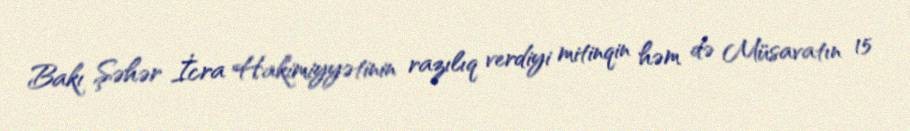
Bakı Şəhər İcra Hakimiyyətinin razılıq verdiyi mitinqin həm də Müsavatın 15